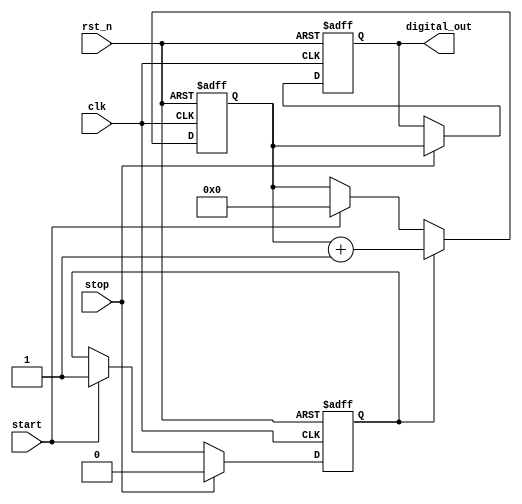
module TDC (
    input wire clk,              // System clock
    input wire rst_n,            // Reset (active low)
    input wire start,            // Start signal (rising edge triggered)
    input wire stop,             // Stop signal (rising edge triggered)
    output reg [15:0] digital_out // 16-bit digital output for time measurement
);

    reg [15:0] counter;          // Counter to accumulate clock ticks
    reg ramping;                 // Ramp status
    reg [15:0] ramp_voltage;     // Current ramp voltage
    parameter MAX_VOLTAGE = 16'hFFFF;  // Max ramp voltage
    parameter RAMP_STEP = 16'h1; // Voltage ramp step per clock cycle

    // State machine to handle the start and stop conditions
    always @(posedge clk or negedge rst_n) begin
        if (!rst_n) begin
            counter <= 16'b0;
            ramp_voltage <= 16'b0;
            digital_out <= 16'b0;
            ramping <= 1'b0;
        end else begin
            // Start ramping on rising edge of start signal
            if (start) begin
                ramping <= 1'b1;
                ramp_voltage <= 16'b0; // Reset ramp voltage
                counter <= 16'b0;       // Reset counter
            end
            
            // Stop ramping on rising edge of stop signal
            if (stop) begin
                ramping <= 1'b0;
                digital_out <= counter; // Capture the counter value
            end
            
            // Ramping logic
            if (ramping) begin
                // Increment ramp voltage
                if (ramp_voltage < MAX_VOLTAGE)
                    ramp_voltage <= ramp_voltage + RAMP_STEP;

                // Increment counter
                counter <= counter + 1'b1; // Increment clock ticks
            end
        end
    end

endmodule